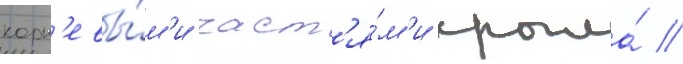
корн'евы́м'и част'я́м'и крыла́ //